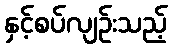
နှင့်စပ်လျဉ်းသည့်